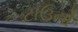
ટાઉનો